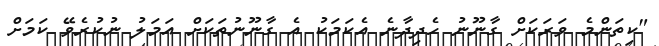
"ކިތަންމެ ވަރަކަށް ގާނޫނު ހެދިދާނެ އެކަމަކު އެ ގާނޫނުތަކަށް އަމަލު ނުކުރެވޭ ކަމަށް